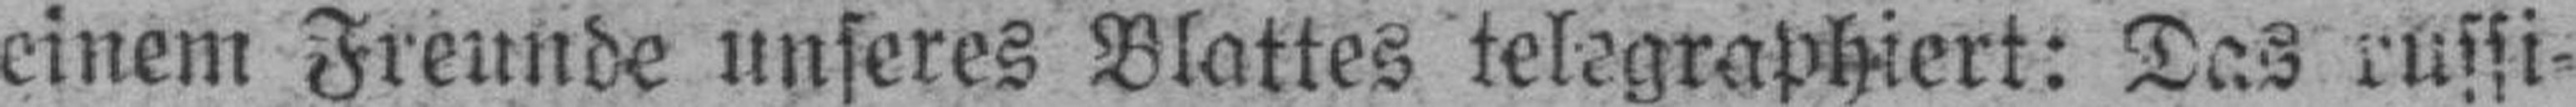
einem Freunde unseres Blattes telegraphiert: Das russi¬